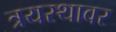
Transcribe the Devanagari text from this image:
त्रयस्थावर